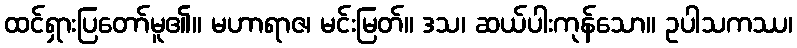
ထင်ရှားပြတော်မူ၏။ မဟာရာဇ၊ မင်းမြတ်။ ဒသ၊ ဆယ်ပါးကုန်သော။ ဥပါသကဿ၊